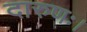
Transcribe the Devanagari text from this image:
दारुणः।